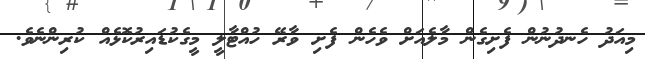
މިއަދު ހެނދުނުން ފެށިގެން މާލެއަށް ވެހެން ފެށި ވާރޭ ހުއްޓާލީ މީގެކުޑައިރުކޮޅެއް ކުރިންނެވެ.